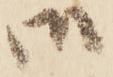
御